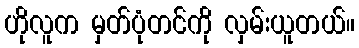
ဟိုလူက မှတ်ပုံတင်ကို လှမ်းယူတယ်။